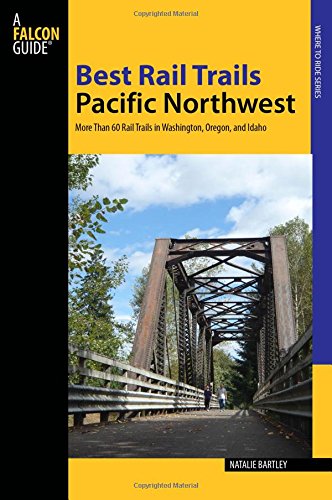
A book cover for Best Rail Trails Pacific Northwest: More Than 60 Rail Trails in Washington, Oregon, and Idaho (Best Rail Trails Series); Natalie Bartley; Travel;